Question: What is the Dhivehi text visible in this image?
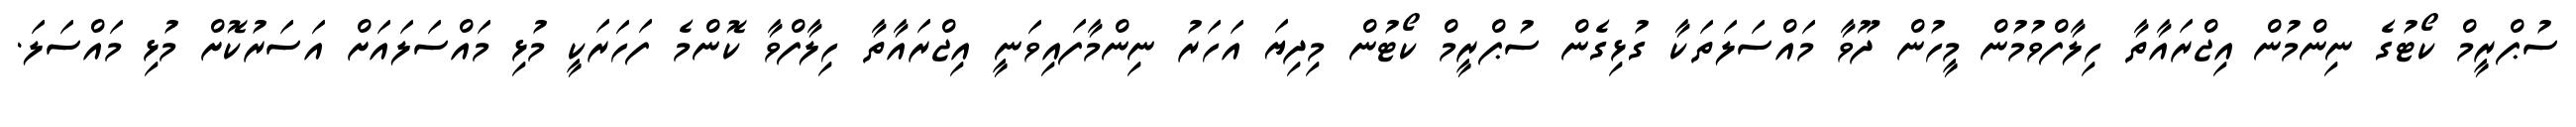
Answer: ސުޕްރީމް ކޯޓުގެ ނިންމުން އިޖްރައާތާ ހިލާފްވުމުން މީހުން ދޫވާ މައްސަލަތަކާ ގުޅިގެން ސުޕްރީމް ކޯޓުން މިދިޔަ އަހަރު ނިންމާފައިވަނީ އިޖްރައާތާ ހިލާފްވާ ކޮންމެ ފަހަރަކީ މުޅި މައްސަލައަށް އަސަރުކޮށް މުޅި މައްސަލަ.